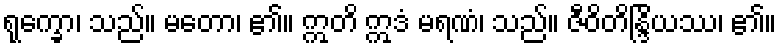
ရုက္ခော၊ သည်။ မတော၊ ၏။ ဣတိ ဣဒံ မရဏံ၊ သည်။ ဇီဝိတိန္ဒြိယဿ၊ ၏။